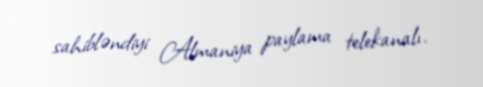
sahibləndiyi Almaniya paylama telekanalı.